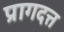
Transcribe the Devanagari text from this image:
प्रागदत्त